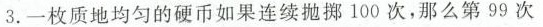
3.一枚质地均匀的硬币如果连续抛掷100次，那么第99次